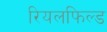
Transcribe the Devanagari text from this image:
रियलफिल्ड